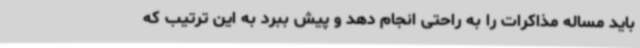
باید مساله مذاکرات را به راحتی انجام دهد و پیش ببرد به این ترتیب که